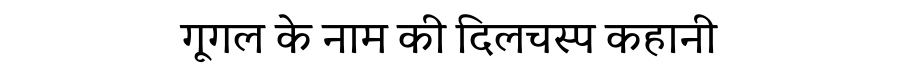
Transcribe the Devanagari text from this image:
गूगल के नाम की दिलचस्प कहानी